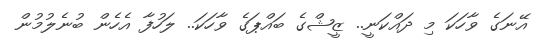
އޭނަގެ ވާހަކަ މި ދައްކަނީ.. ޒީޝްގެ ބައްޕަގެ ވާހަކަ.. ލަހުފާ އެހެން ބުނެލުމުން